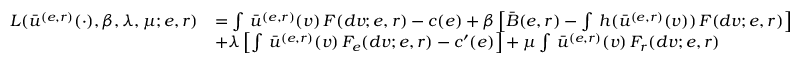
\begin{array} { r l } { L ( \bar { u } ^ { ( e , r ) } ( \cdot ) , \beta , \lambda , \mu ; e , r ) } & { = \int \, \bar { u } ^ { ( e , r ) } ( v ) \, F ( d v ; e , r ) - c ( e ) + \beta \left[ \bar { B } ( e , r ) - \int \, h ( \bar { u } ^ { ( e , r ) } ( v ) ) \, F ( d v ; e , r ) \right] } \\ & { + \lambda \left[ \int \, \bar { u } ^ { ( e , r ) } ( v ) \, F _ { e } ( d v ; e , r ) - c ^ { \prime } ( e ) \right] + \mu \int \, \bar { u } ^ { ( e , r ) } ( v ) \, F _ { r } ( d v ; e , r ) } \end{array}